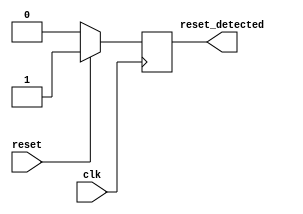
module sync_reset_detector (
    input wire clk,        // Clock signal
    input wire reset,      // Active-high asynchronous reset signal
    output reg reset_detected // Output indicating if reset condition is detected
);

// Always block triggered on the rising edge of the clock
always @(posedge clk) begin
    if (reset) begin
        // If reset is high at the clock edge, set reset_detected high
        reset_detected <= 1'b1;
    end else begin
        // If reset is low, clear reset_detected
        reset_detected <= 1'b0;
    end
end

endmodule